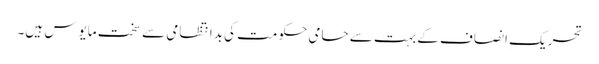
تحریک ِانصاف کے بہت سے حامی حکومت کی بدانتظامی سے سخت مایوس ہیں۔